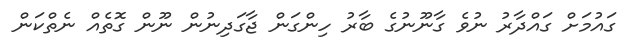
ގައުމަށް ގައްދާރު ނުވެ ގާނޫނުގެ ބާރު ހިންގަން ޖާގަދިނުން ނޫން ގޮތެއް ނެތްކަން